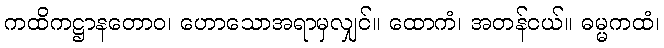
ကထိကဋ္ဌာနတောဝ၊ ဟောသောအရာမှလျှင်။ ထောကံ၊ အတန်ငယ်။ ဓမ္မကထံ၊